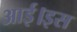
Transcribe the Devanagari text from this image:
आई।इस